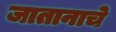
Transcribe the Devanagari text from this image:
जातानाचे